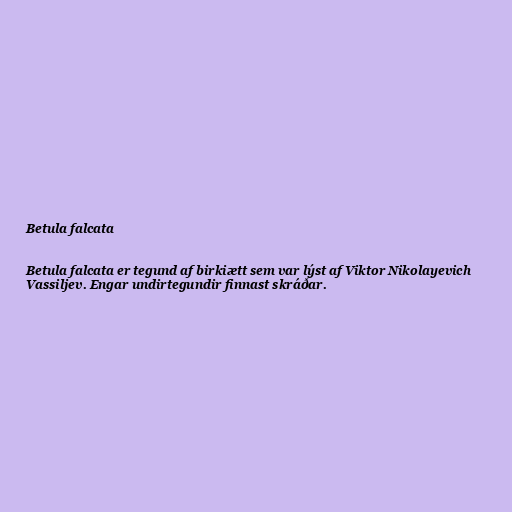
Betula falcata

Betula falcata er tegund af birkiætt sem var lýst af Viktor Nikolayevich
Vassiljev. Engar undirtegundir finnast skráðar.